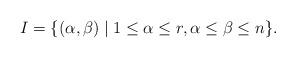
LaTeX: \begin{align*} I=\{(\alpha,\beta)\mid 1\leq \alpha \leq r,\alpha \leq \beta \leq n\}.\end{align*}